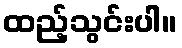
ထည့်သွင်းပါ။